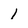
Character: 1